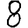
Digit: 8